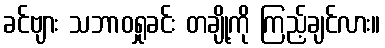
ခင်ဗျား သဘာဝရှုခင်း တချို့ကို ကြည့်ချင်လား။